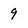
Character: 9